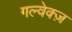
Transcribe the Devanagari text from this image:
गल्वेक्ज़